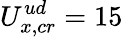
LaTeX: U_{x,cr}^{ud}=15